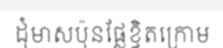
ដុំមាសប៉ុនផ្លែខ្វិតក្រោម